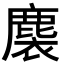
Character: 𪊬